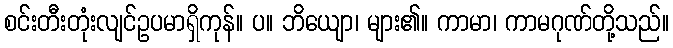
စင်းတီးတုံးလျင်ဥပမာရှိကုန်။ ပ။ ဘိယျော၊ များ၏။ ကာမာ၊ ကာမဂုဏ်တို့သည်။